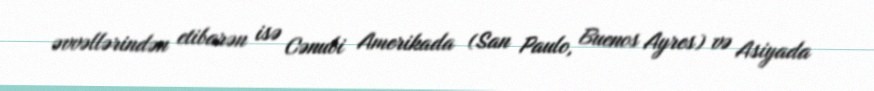
əvvəllərindən etibarən isə Cənubi Amerikada (San Paulo, Buenos Ayres) və Asiyada